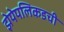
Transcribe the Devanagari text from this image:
झेपेपलिकडची